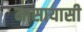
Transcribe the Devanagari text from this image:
मासायासी